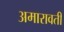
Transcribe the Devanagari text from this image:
अमारावती